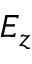
E _ { z }